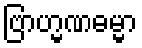
ဗြာဟ္မဏဓမ္မာ